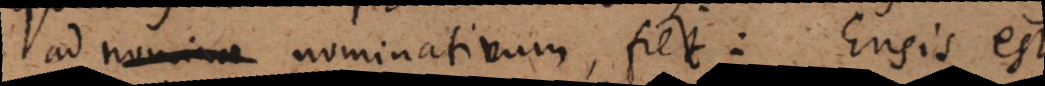
ad nominativum, fiet: Ensis est